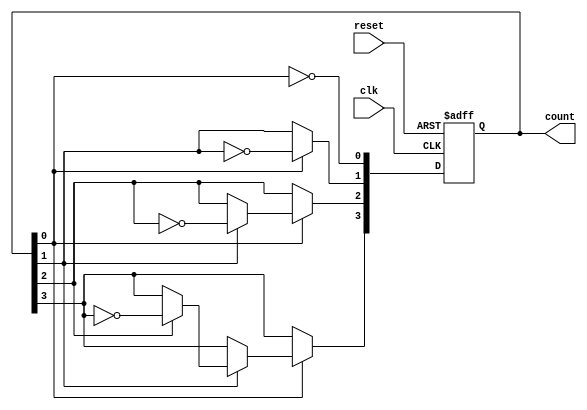
module async_ripple_counter (
    input wire clk,            // Clock input for the first flip-flop
    input wire reset,          // Asynchronous reset input
    output reg [3:0] count     // 4-bit counter output
);

// T flip-flop behavior
always @(posedge clk or posedge reset) begin
    if (reset) begin
        count <= 4'b0000; // Reset counter to 0
    end else begin
        // Increment counter on the rising edge of the clock
        // T flip-flop toggle behavior
        count[0] <= ~count[0]; // Toggle LSB on clk
        if (count[0]) begin
            count[1] <= ~count[1]; // Toggle next bit if LSB went from 0 to 1
            if (count[1]) begin
                count[2] <= ~count[2]; // Toggle next bit if previous bit went from 0 to 1
                if (count[2]) begin
                    count[3] <= ~count[3]; // Toggle MSB if previous bit went from 0 to 1
                end
            end
        end
    end
end

endmodule